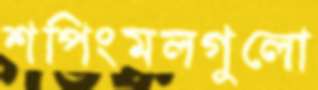
শপিংমলগুলো